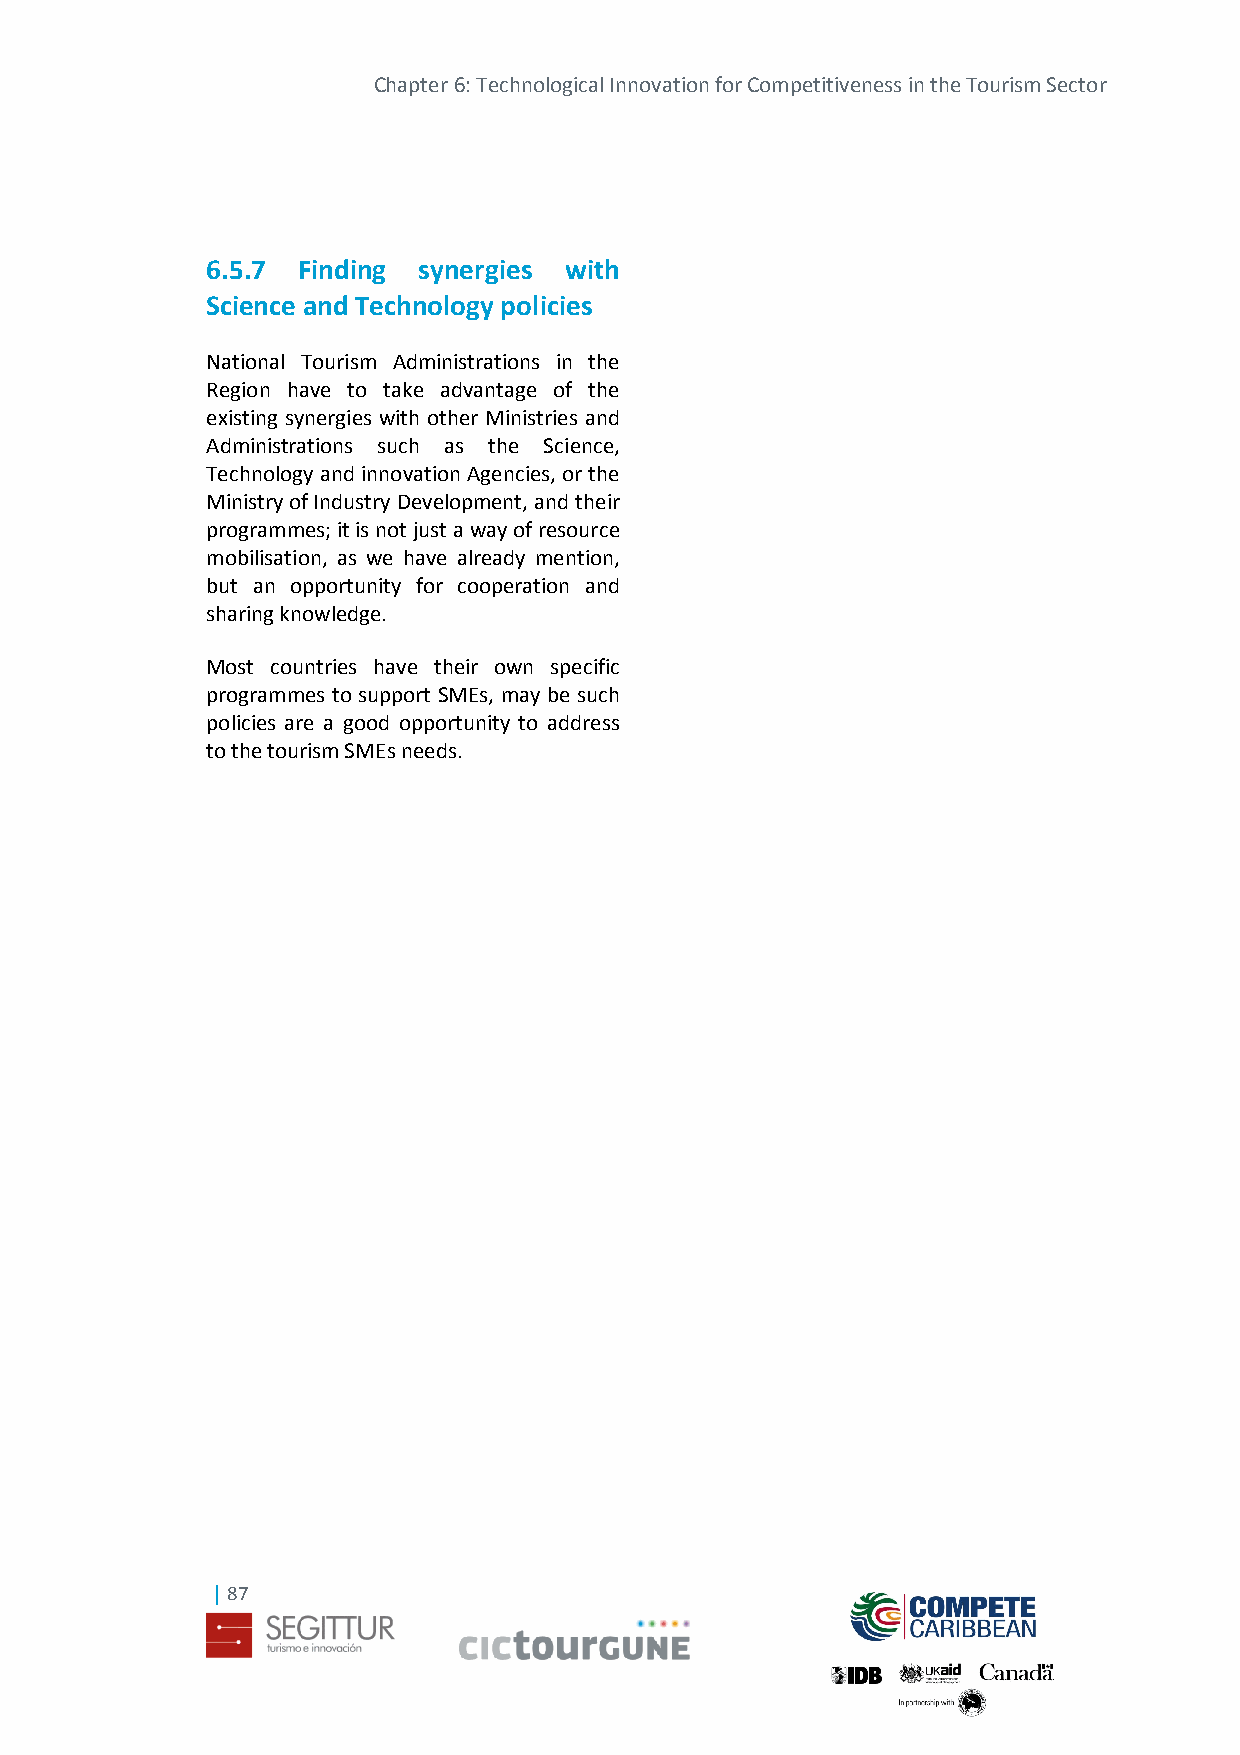
Chapter 6: Technological Innovation for Competitiveness in the Tourism Sector
 6.5.7 Finding synergies with
 Science and Technology policies
 National Tourism Administrations in the
 Region have to take advantage of the
 existing synergies with other Ministries and
 Administrations such as the Science,
 Technology and innovation Agencies, or the
 Ministry of Industry Development, and their
 programmes; it is not just a way of resource
 mobilisation, as we have already mention,
 but an opportunity for cooperation and
 sharing knowledge.
 Most countries have their own specific
 programmes to support SMEs, may be such
 policies are a good opportunity to address
 to the tourism SMEs needs.
 | 87